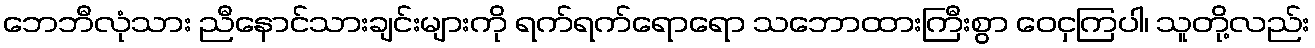
ဘေဘီလုံသား ညီနောင်သားချင်းများကို ရက်ရက်ရောရော သဘောထားကြီးစွာ ဝေငှကြပါ၊ သူတို့လည်း